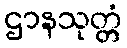
ဌာနသုတ္တံ